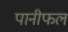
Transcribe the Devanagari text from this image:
पानीफल